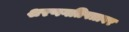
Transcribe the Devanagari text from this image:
शरणगतिपत्रावर